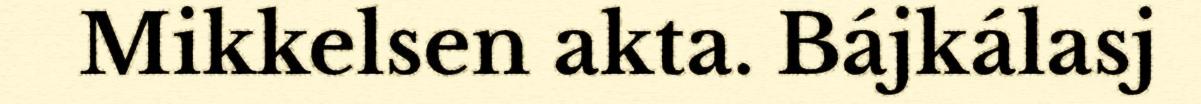
Mikkelsen akta. Bájkálasj